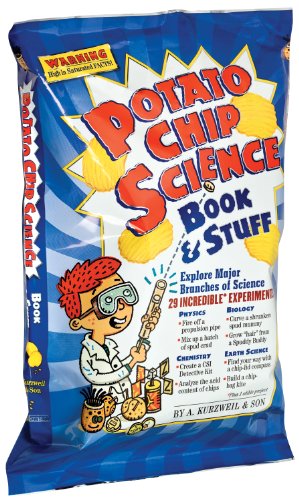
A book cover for Potato Chip Science: 29 Incredible Experiments; Allen Kurzweil; Science & Math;